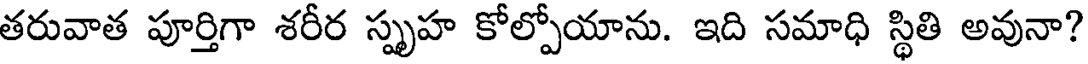
తరువాత పూర్తిగా శరీర స్పృహ కోల్పోయాను. ఇది సమాధి స్థితి అవునా?